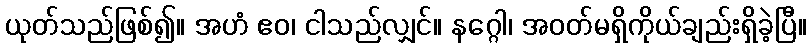
ယုတ်သည်ဖြစ်၍။ အဟံ ဧဝ၊ ငါသည်လျှင်။ နဂ္ဂေါ၊ အဝတ်မရှိကိုယ်ချည်းရှိခဲ့ပြီ။